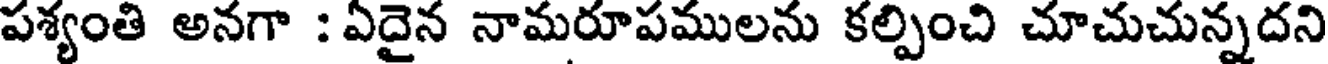
పశ్యంతి అనగా : ఏదైన నామరూపములను కల్పించి చూచుచున్నదని